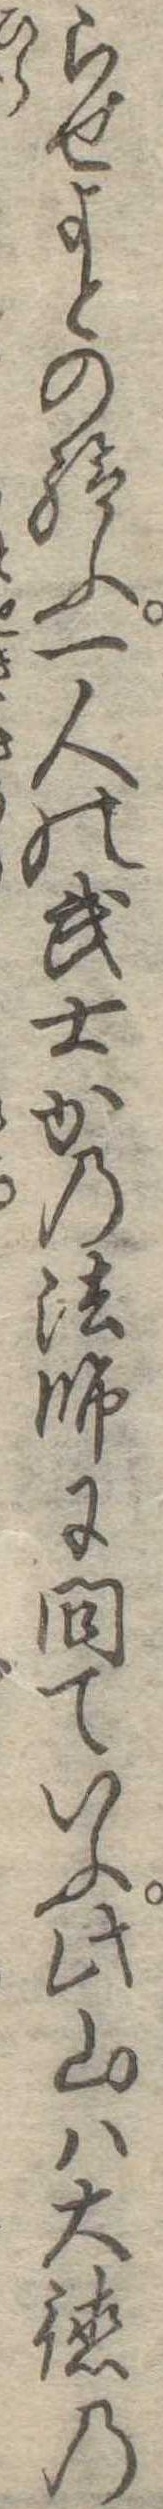
らせよとの給ふ一人の武士かつ法師に問ていふ此山は大徳の